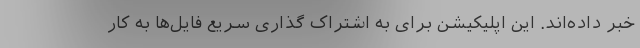
خبر داده‌اند. این اپلیکیشن برای به اشتراک گذاری سریع فایل‌ها به کار